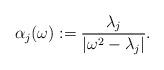
LaTeX: \begin{align*}\alpha_{j}(\omega) := {\lambda_{j} \over |\omega^2 - \lambda_{j}|}.\end{align*}